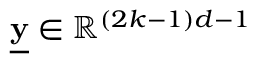
\underline { { \mathbf { y } } } \in \mathbb { R } ^ { ( 2 k - 1 ) d - 1 }